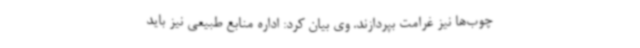
چوب‌ها نیز غرامت بپردازند. وی بیان کرد: اداره منابع طبیعی نیز باید